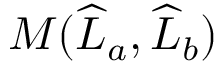
M ( \widehat { L } _ { a } , \widehat { L } _ { b } )